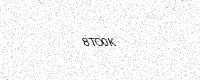
Text: 8TO0K